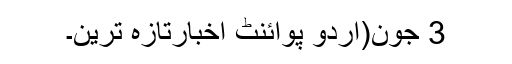
3 جون(اُردو پوائنٹ اخبارتازہ ترین۔